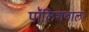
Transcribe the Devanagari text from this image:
पॉलिशवाला